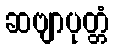
ဆဗျာပုတ္တံ